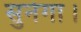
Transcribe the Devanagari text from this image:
सुनेगा।